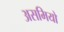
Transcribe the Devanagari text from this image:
असमियों